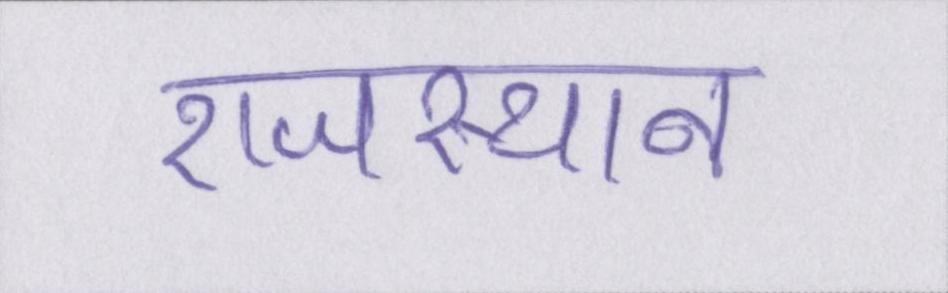
राजस्थान